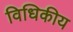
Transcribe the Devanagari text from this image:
विधिकीय